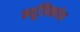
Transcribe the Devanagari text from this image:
म्यूजिकवेब